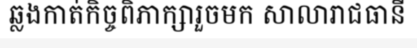
ឆ្លងកាត់កិច្ចពិភាក្សារួចមក សាលារាជធានី